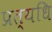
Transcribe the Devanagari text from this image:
प्रत्यधि